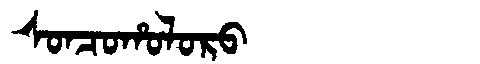
Manchu: ᠰᠣᠨᠴᠣᡥᠣᠯᠣᡵᠣ
Romanization: SONCOHOLORO